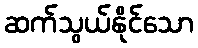
ဆက်သွယ်နိုင်သော